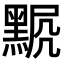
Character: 𪑍